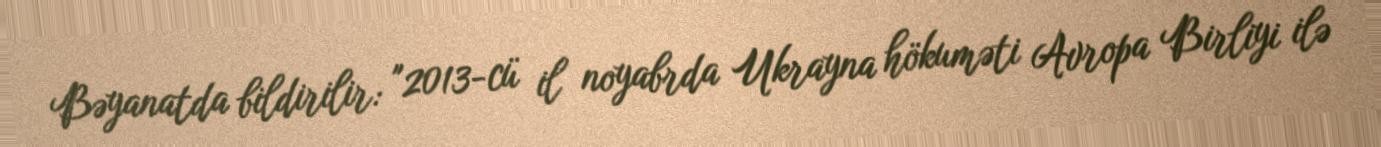
Bəyanatda bildirilir: "2013-cü il noyabrda Ukrayna hökuməti Avropa Birliyi ilə